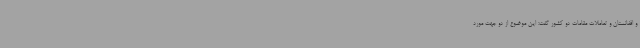
و افغانستان و تعاملات مقامات دو کشور گفت: این موضوع از دو جهت مورد